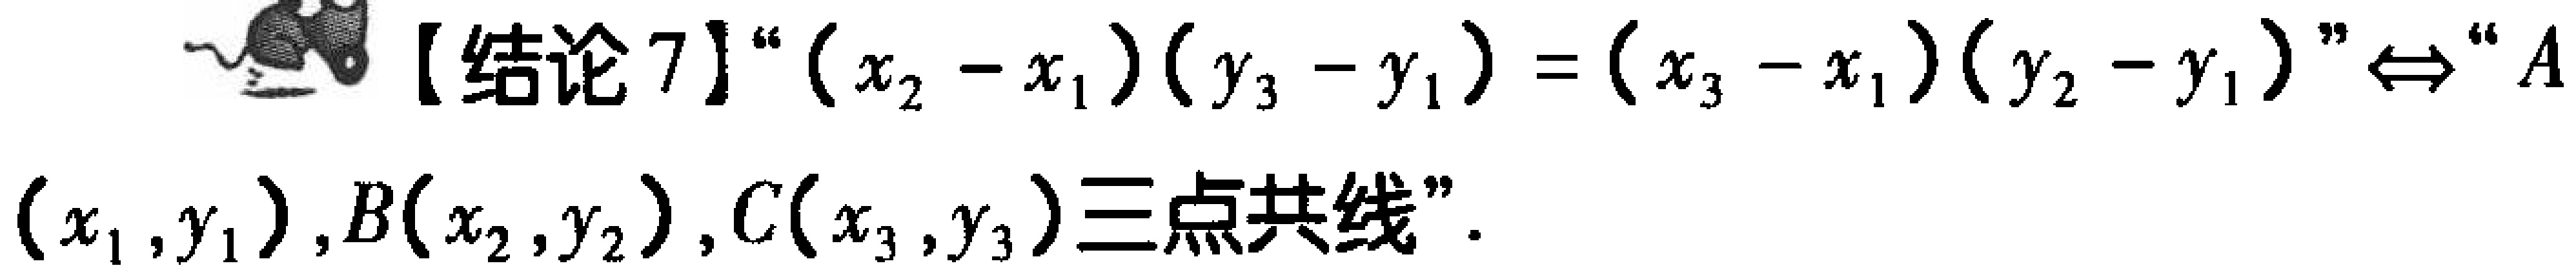
【结论 7】“\((x_{2}-x_{1})(y_{3}-y_{1})=(x_{3}-x_{1})(y_{2}-y_{1})\)”\(\Leftrightarrow\)“\(A(x_{1},y_{1}),B(x_{2},y_{2}),C(x_{3},y_{3})\)三点共线”。